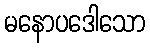
မနောပဒေါသော